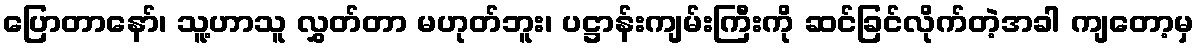
ပြောတာနော်၊ သူ့ဟာသူ လွှတ်တာ မဟုတ်ဘူး၊ ပဋ္ဌာန်းကျမ်းကြီးကို ဆင်ခြင်လိုက်တဲ့အခါ ကျတော့မှ